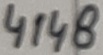
Text: 4148